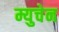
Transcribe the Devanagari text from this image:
म्युचेन